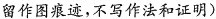
留作图痕迹，不写作法和证明)